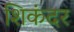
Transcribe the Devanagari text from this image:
शिकंदर